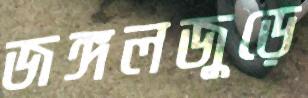
জঙ্গলজুড়ে